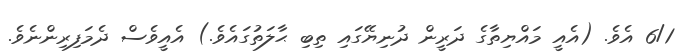
6/1 އެވެ. (އެއީ މައްޔިތާގެ ދަރީން ދުނިޔޭގައި ތިބި ޙާލަތުގައެވެ.) އެއީވެސް ދެމަފިރިންނެވެ.